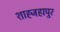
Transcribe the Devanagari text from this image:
शाह्जहापुर